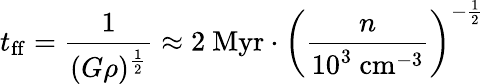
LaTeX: t_{\mathrm{{ff}}}={\frac{1}{(G\rho)^{\frac{1}{2}}}}\approx 2{\mathrm{~Myr}}\cdot\left({\frac{n}{10^{3}{\mathrm{~cm}}^{-3}}}\right)^{-{\frac{1}{2}}}